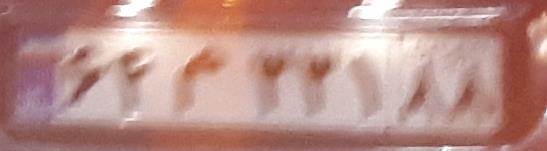
۶۴م۲۲۱۸۸